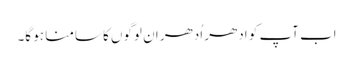
اب آپ کو ادھر اُدھر ان لوگوں کا سامنا ہو گا۔